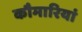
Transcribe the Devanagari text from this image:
कौमारियां